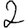
Digit: 2